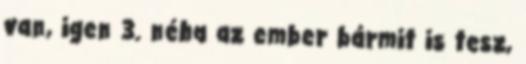
van, igen 3. néha az ember bármit is tesz,